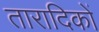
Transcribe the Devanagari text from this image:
तारादिकों